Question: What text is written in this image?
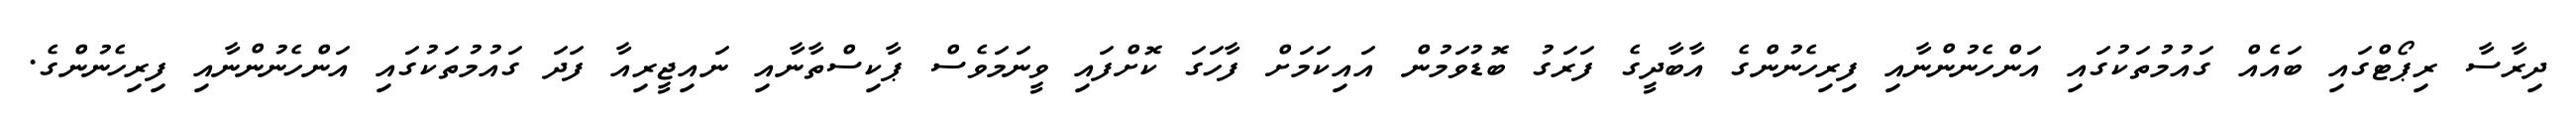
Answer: ދިރާސާ ރިޕޯޓްގައި ބައެއް ގައުމުތަކުގައި އަންހެނުންނާއި ފިރިހެނުންގެ އާބާދީގެ ފަރަގު ބޮޑުވަމުން އައިކަމަށް ފާހަގަ ކޮށްފައި ވީނަމަވެސް ޕާކިސްތާނާއި ނައިޖީރިއާ ފަދަ ގައުމުތަކުގައި އަންހެނުންނާއި ފިރިހެނުންގެ.